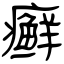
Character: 癣